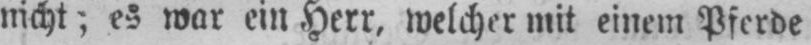
nicht;es war ein Herr, welcher mit einem Pferde